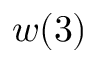
w ( 3 )